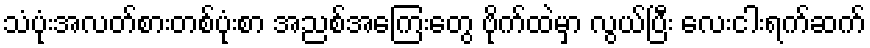
သံပုံးအလတ်စားတစ်ပုံးစာ အညစ်အကြေးတွေ ဗိုက်ထဲမှာ လွယ်ပြီး လေးငါးရက်ဆက်